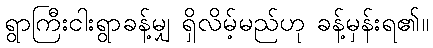
ရွာကြီးငါးရွာခန့်မျှ ရှိလိမ့်မည်ဟု ခန့်မှန်းရ၏။